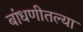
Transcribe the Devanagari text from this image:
बांधणीतल्या